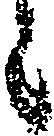
ニ